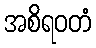
အစိရဝတံ